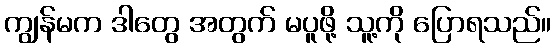
ကျွန်မက ဒါတွေ အတွက် မပူဖို့ သူ့ကို ပြောရသည်။